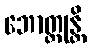
ဘောတ္တုန္တိ